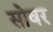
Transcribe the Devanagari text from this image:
सोवर